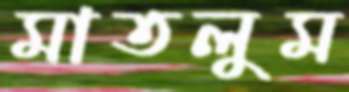
মাতলুম